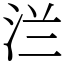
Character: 㳕